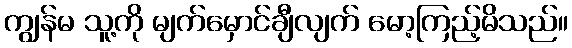
ကျွန်မ သူ့ကို မျက်မှောင်ချီလျက် မော့ကြည့်မိသည်။